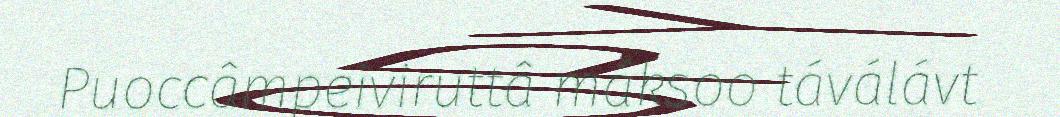
Puoccâmpeiviruttâ máksoo táválávt